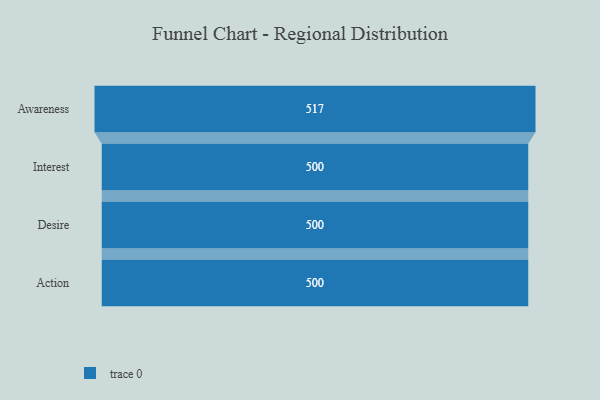
{"axis": {"x": "Stage", "y": "Value"}, "legend": [""], "data": [{"x": "Awareness", "y": 517.0, "type": ""}, {"x": "Interest", "y": 500, "type": ""}, {"x": "Desire", "y": 500, "type": ""}, {"x": "Action", "y": 500, "type": ""}]}